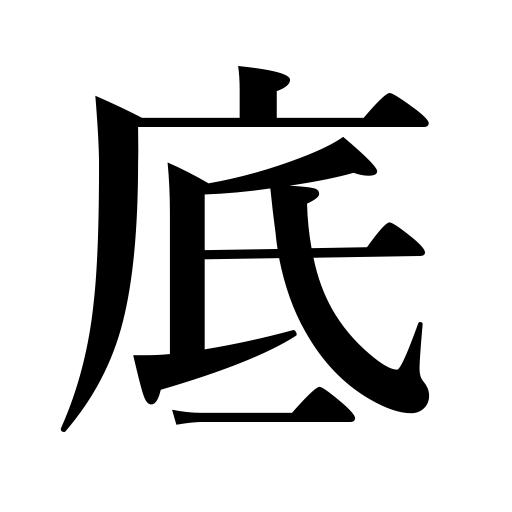
Meanings: base,sole,kind,bottom,bottom price,depth,sort,bowels of the earth